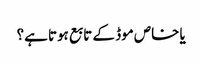
یا خاص موڈ کے تابع ہوتا ہے؟